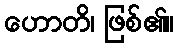
ဟောတိ၊ ဖြစ်၏။